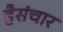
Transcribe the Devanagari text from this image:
हैसंचार